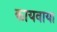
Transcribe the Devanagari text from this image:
कायवाया